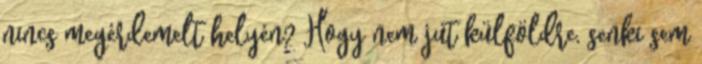
nincs megérdemelt helyén? Hogy nem jut külföldre, senki sem